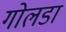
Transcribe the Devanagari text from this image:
गोलडा